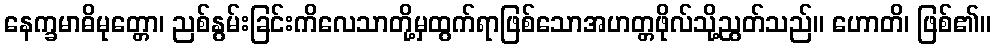
နေက္ခမာဓိမုတ္တော၊ ညစ်နွမ်းခြင်းကိလေသာတို့မှထွက်ရာဖြစ်သောအဟတ္တဖိုလ်သို့ညွတ်သည်။ ဟောတိ၊ ဖြစ်၏။